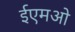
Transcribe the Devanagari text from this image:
ईएमओ